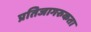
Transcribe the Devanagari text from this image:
प्रतिजागरुकता